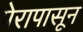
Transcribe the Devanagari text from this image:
पेरापासून